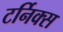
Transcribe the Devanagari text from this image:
टर्निक्स